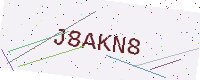
Text: J8AKN8